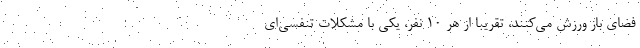
فضای باز ورزش می‌کنند، تقریبا از هر ۱۰ نفر، یکی با مشکلات تنفسی‌ای